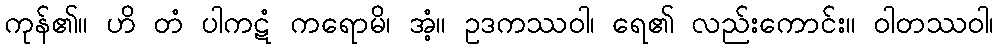
ကုန်၏။ ဟိ တံ ပါကဋံ ကရောမိ၊ အံ့။ ဥဒကဿဝါ၊ ရေ၏ လည်းကောင်း။ ဝါတဿဝါ၊